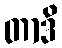
တာဒိ